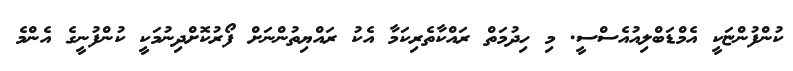
ކުންފުންޏަކީ އެމްޑަބްލިއުއެސްސީ. މި ހިދުމަތް ރައްކާތެރިކަމާ އެކު ރައްޔިތުންނަށް ފޯރުކޮށްދިނުމަކީ ކުންފުނީގެ އެންމެ